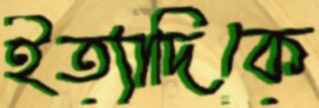
ইত্যাদিকে